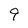
Character: 9